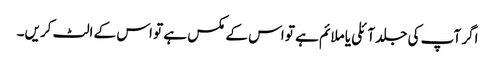
اگر آپ کی جلد آئلی یا ملائم ہے تو اس کے مکس ہے تو اس کے الٹ کریں۔